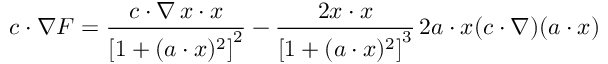
c \cdot \nabla F = { \frac { c \cdot \nabla \, x \cdot x } { \left[ 1 + ( a \cdot x ) ^ { 2 } \right] ^ { 2 } } } - { \frac { 2 x \cdot x } { \left[ 1 + ( a \cdot x ) ^ { 2 } \right] ^ { 3 } } } \, 2 a \cdot x ( c \cdot \nabla ) ( a \cdot x )